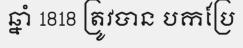
ឆ្នាំ 1818 ត្រូវបាន បកប្រែ